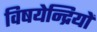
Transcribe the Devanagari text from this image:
विषयेन्द्रियों